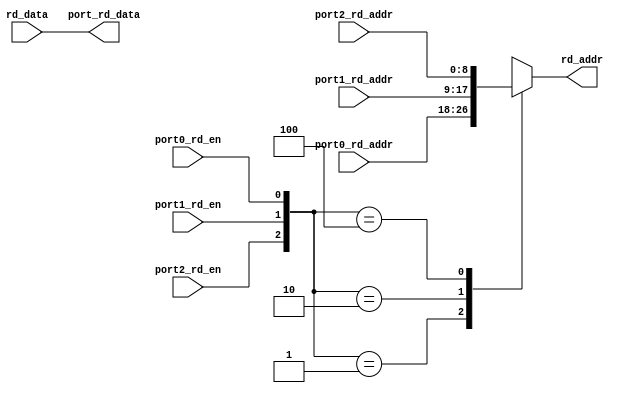
// This program was cloned from: https://github.com/VerticalResearchGroup/miaow
// License: BSD 3-Clause "New" or "Revised" License

module sgpr_3to1_rd_port_mux (
  port0_rd_en,
  port0_rd_addr,

  port1_rd_en,
  port1_rd_addr,

  port2_rd_en,
  port2_rd_addr,

  port_rd_data,

  rd_addr,
  rd_data
);

  input         port0_rd_en;
  input [8:0]   port0_rd_addr;

  input         port1_rd_en;
  input [8:0]   port1_rd_addr;

  input         port2_rd_en;
  input [8:0]   port2_rd_addr;

  input [127:0] rd_data;
  output [127:0] port_rd_data;
  output [8:0]  rd_addr;

  reg [8:0]     rd_addr;

  assign port_rd_data = rd_data;

  always @ (
    port0_rd_en or
    port1_rd_en or
    port2_rd_en or
    port0_rd_addr or
    port1_rd_addr or
    port2_rd_addr
  ) begin
      casex({port2_rd_en,port1_rd_en,port0_rd_en})
        3'b001:
          begin
            rd_addr <= port0_rd_addr;
          end
        3'b010:
          begin
            rd_addr <= port1_rd_addr;
          end
        3'b100:
          begin
            rd_addr <= port2_rd_addr;
          end
        default:
          begin
            rd_addr <= {9{1'bx}};
          end
      endcase
    end

endmodule